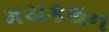
મયકથન